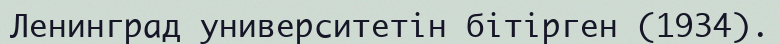
Ленинград университетін бітірген (1934).